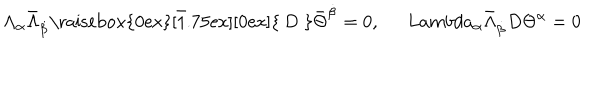
LaTeX: \Lambda _ { \alpha } \bar { \Lambda } _ { \dot { \beta } } \bar { \mathrm { \raisebox { 0 e x } [ 1 . 7 5 e x ] [ 0 e x ] { ~ D ~ } } } \bar { \Theta } ^ { \dot { \beta } } = 0 , \ \, L a m b d a _ { \alpha } \bar { \Lambda } _ { \dot { \beta } } D \Theta ^ { \alpha } = 0